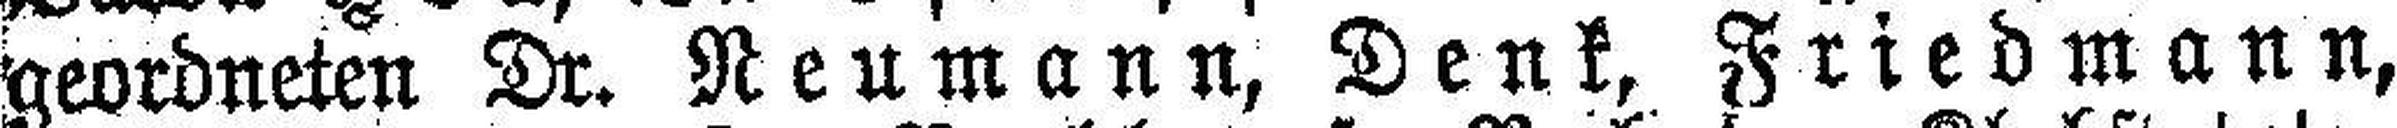
geordneten Dr. Neumann, Denk, Friedmann,